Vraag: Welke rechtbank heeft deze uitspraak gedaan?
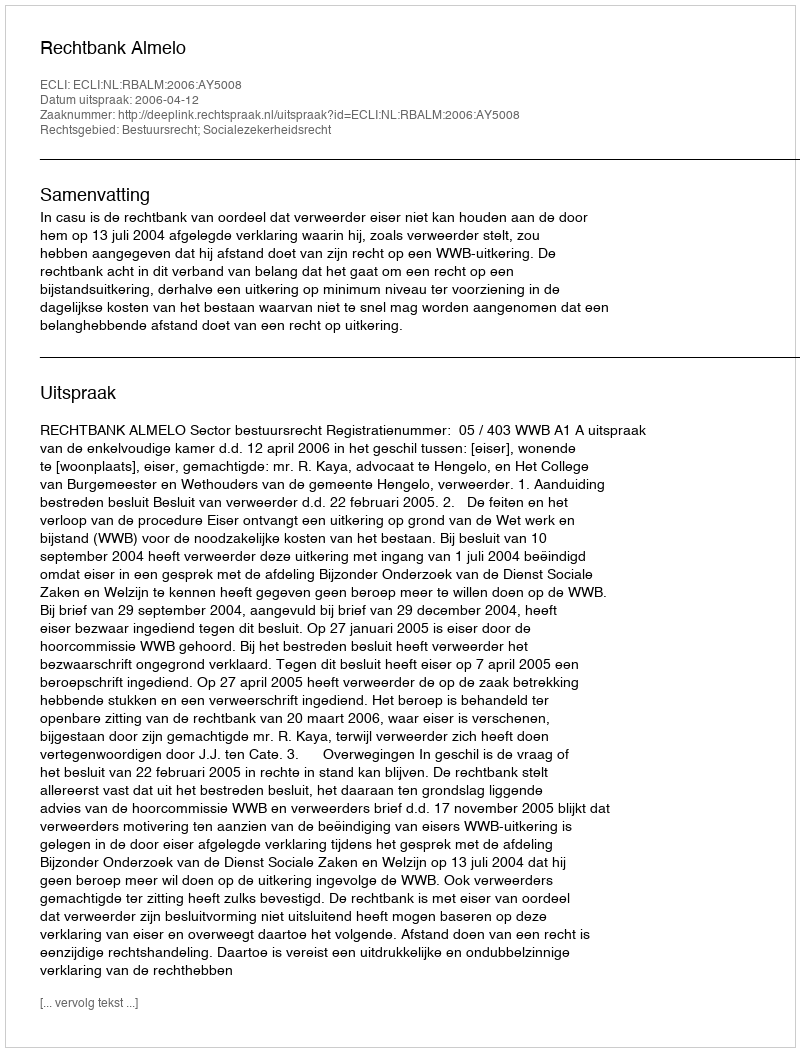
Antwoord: Rechtbank Almelo